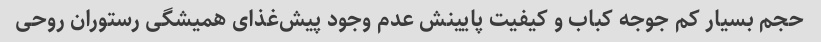
حجم بسیار کم جوجه کباب و کیفیت پایینش عدم وجود پیش‌غذای همیشگی رستوران روحی